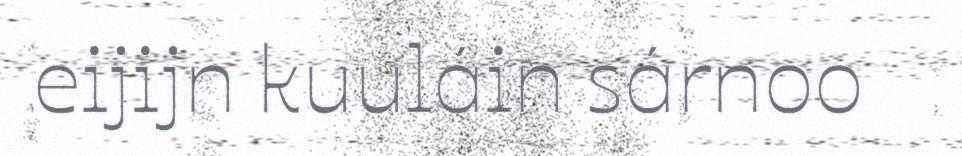
eijijn kuuláin sárnoo